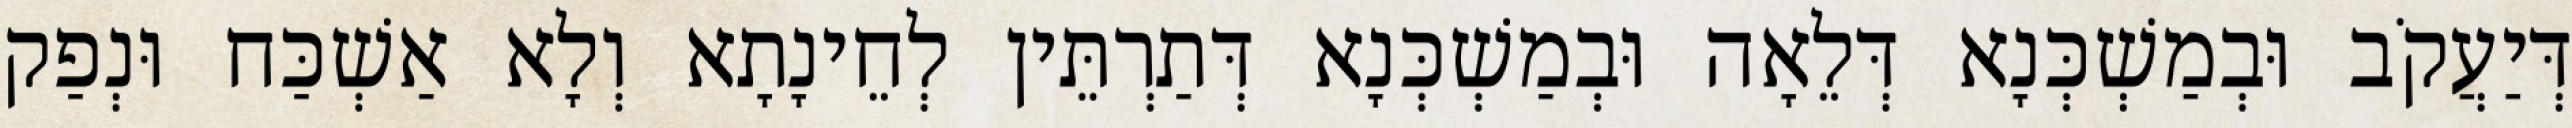
דְּיַעֲקֹב וּבְמַשְׁכְּנָא דְּלֵאָה וּבְמַשְׁכְּנָא דְּתַרְתֵּין לְחֵינָתָא וְלָא אַשְׁכַּח וּנְפַק